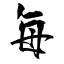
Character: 每